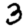
Digit: 3